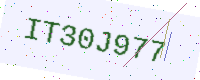
Text: IT30J977